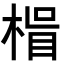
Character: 𭪽